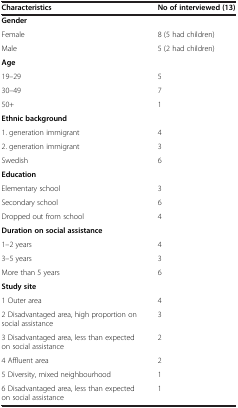
| Characteristics | No of interviewed (13) |
 | --- | --- |
 | Gender |  |
 | Female | 8 (5 had children) |
 | Male | 5 (2 had children) |
 | Age |  |
 | 19–29 | 5 |
 | 30–49 | 7 |
 | 50+ | 1 |
 | Ethnic background |  |
 | 1. generation immigrant | 4 |
 | 2. generation immigrant | 3 |
 | Swedish | 6 |
 | Education |  |
 | Elementary school | 3 |
 | Secondary school | 6 |
 | Dropped out from school | 4 |
 | Duration on social assistance |  |
 | 1–2 years | 4 |
 | 3–5 years | 3 |
 | More than 5 years | 6 |
 | Study site |  |
 | 1 Outer area | 4 |
 | 2 Disadvantaged area, high proportion on social assistance | 3 |
 | 3 Disadvantaged area, less than expected on social assistance | 2 |
 | 4 Affluent area | 2 |
 | 5 Diversity, mixed neighbourhood | 1 |
 | 6 Disadvantaged area, less than expected on social assistance | 1 |